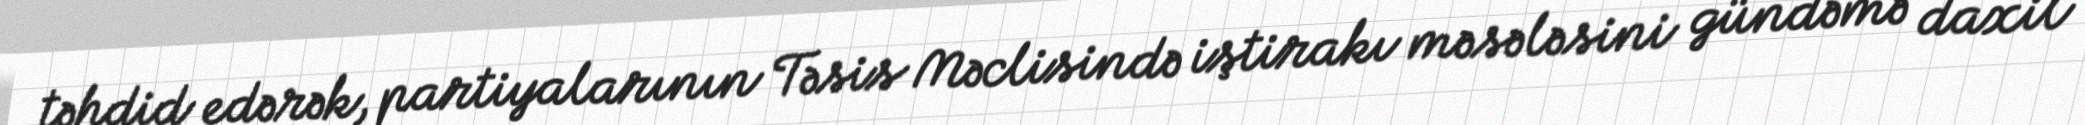
təhdid edərək, partiyalarının Təsis Məclisində iştirakı məsələsini gündəmə daxil